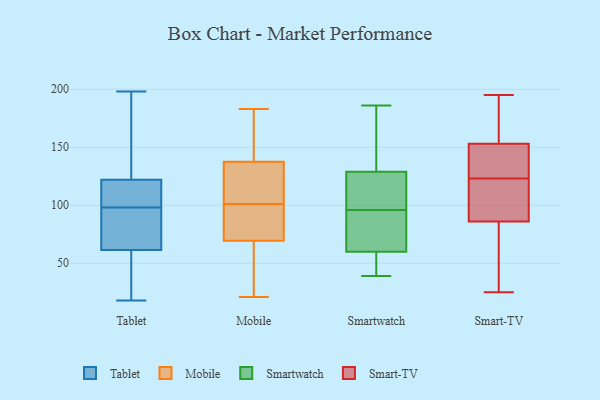
{"axis": {"x": "Shipments", "y": "Value"}, "legend": ["Mobile", "Smart-TV", "Smartwatch", "Tablet"], "data": [{"x": "", "y": 18, "type": "Tablet"}, {"x": "", "y": 30, "type": "Tablet"}, {"x": "", "y": 95, "type": "Tablet"}, {"x": "", "y": 128, "type": "Tablet"}, {"x": "", "y": 120, "type": "Tablet"}, {"x": "", "y": 51, "type": "Tablet"}, {"x": "", "y": 115, "type": "Tablet"}, {"x": "", "y": 111, "type": "Tablet"}, {"x": "", "y": 74, "type": "Tablet"}, {"x": "", "y": 129, "type": "Tablet"}, {"x": "", "y": 98, "type": "Tablet"}, {"x": "", "y": 198, "type": "Tablet"}, {"x": "", "y": 149, "type": "Tablet"}, {"x": "", "y": 65, "type": "Tablet"}, {"x": "", "y": 66, "type": "Tablet"}, {"x": "", "y": 119, "type": "Tablet"}, {"x": "", "y": 25, "type": "Tablet"}, {"x": "", "y": 183, "type": "Mobile"}, {"x": "", "y": 80, "type": "Mobile"}, {"x": "", "y": 21, "type": "Mobile"}, {"x": "", "y": 33, "type": "Mobile"}, {"x": "", "y": 71, "type": "Mobile"}, {"x": "", "y": 107, "type": "Mobile"}, {"x": "", "y": 152, "type": "Mobile"}, {"x": "", "y": 83, "type": "Mobile"}, {"x": "", "y": 57, "type": "Mobile"}, {"x": "", "y": 126, "type": "Mobile"}, {"x": "", "y": 141, "type": "Mobile"}, {"x": "", "y": 108, "type": "Mobile"}, {"x": "", "y": 159, "type": "Mobile"}, {"x": "", "y": 149, "type": "Mobile"}, {"x": "", "y": 98, "type": "Mobile"}, {"x": "", "y": 101, "type": "Mobile"}, {"x": "", "y": 127, "type": "Mobile"}, {"x": "", "y": 69, "type": "Mobile"}, {"x": "", "y": 59, "type": "Mobile"}, {"x": "", "y": 110, "type": "Smartwatch"}, {"x": "", "y": 101, "type": "Smartwatch"}, {"x": "", "y": 91, "type": "Smartwatch"}, {"x": "", "y": 142, "type": "Smartwatch"}, {"x": "", "y": 39, "type": "Smartwatch"}, {"x": "", "y": 186, "type": "Smartwatch"}, {"x": "", "y": 41, "type": "Smartwatch"}, {"x": "", "y": 129, "type": "Smartwatch"}, {"x": "", "y": 86, "type": "Smartwatch"}, {"x": "", "y": 60, "type": "Smartwatch"}, {"x": "", "y": 192, "type": "Smart-TV"}, {"x": "", "y": 59, "type": "Smart-TV"}, {"x": "", "y": 139, "type": "Smart-TV"}, {"x": "", "y": 144, "type": "Smart-TV"}, {"x": "", "y": 185, "type": "Smart-TV"}, {"x": "", "y": 122, "type": "Smart-TV"}, {"x": "", "y": 129, "type": "Smart-TV"}, {"x": "", "y": 195, "type": "Smart-TV"}, {"x": "", "y": 108, "type": "Smart-TV"}, {"x": "", "y": 162, "type": "Smart-TV"}, {"x": "", "y": 137, "type": "Smart-TV"}, {"x": "", "y": 193, "type": "Smart-TV"}, {"x": "", "y": 63, "type": "Smart-TV"}, {"x": "", "y": 124, "type": "Smart-TV"}, {"x": "", "y": 25, "type": "Smart-TV"}, {"x": "", "y": 121, "type": "Smart-TV"}, {"x": "", "y": 84, "type": "Smart-TV"}, {"x": "", "y": 88, "type": "Smart-TV"}, {"x": "", "y": 36, "type": "Smart-TV"}, {"x": "", "y": 97, "type": "Smart-TV"}]}